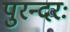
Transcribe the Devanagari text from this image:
पुरन्दरः